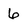
Character: 6